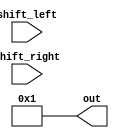
module shifter(
	input shift_left,shift_right,
	output reg [3:0]out
    );
	assign out = 4'b0001;
	always @* begin
			case(shift_left & out != 4'b1000)
				1'b1 : out = out << 1;
			endcase
			case(shift_right & out != 4'b0001)
				1'b1 : out = out >> 1;
			endcase
	end
	
	//always @* begin
	//	if(shift_left == 1)
		//	begin
		//		if (out != 1000)
		//			assign out = out << 1;
		//	end
		//if(shift_right == 1)
		//	begin
		//		if(out != 0001)
		//			assign out = out >> 1;
		//	end
	//end

endmodule